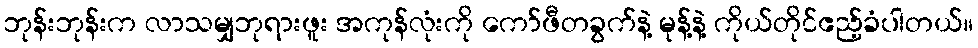
ဘုန်းဘုန်းက လာသမျှဘုရားဖူး အကုန်လုံးကို ကော်ဖီတခွက်နဲ့ မုန့်နဲ့ ကိုယ်တိုင်ဧည့်ခံပါတယ်။